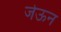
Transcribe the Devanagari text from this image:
जेऊन